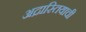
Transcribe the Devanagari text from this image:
अद्रास्तियाची